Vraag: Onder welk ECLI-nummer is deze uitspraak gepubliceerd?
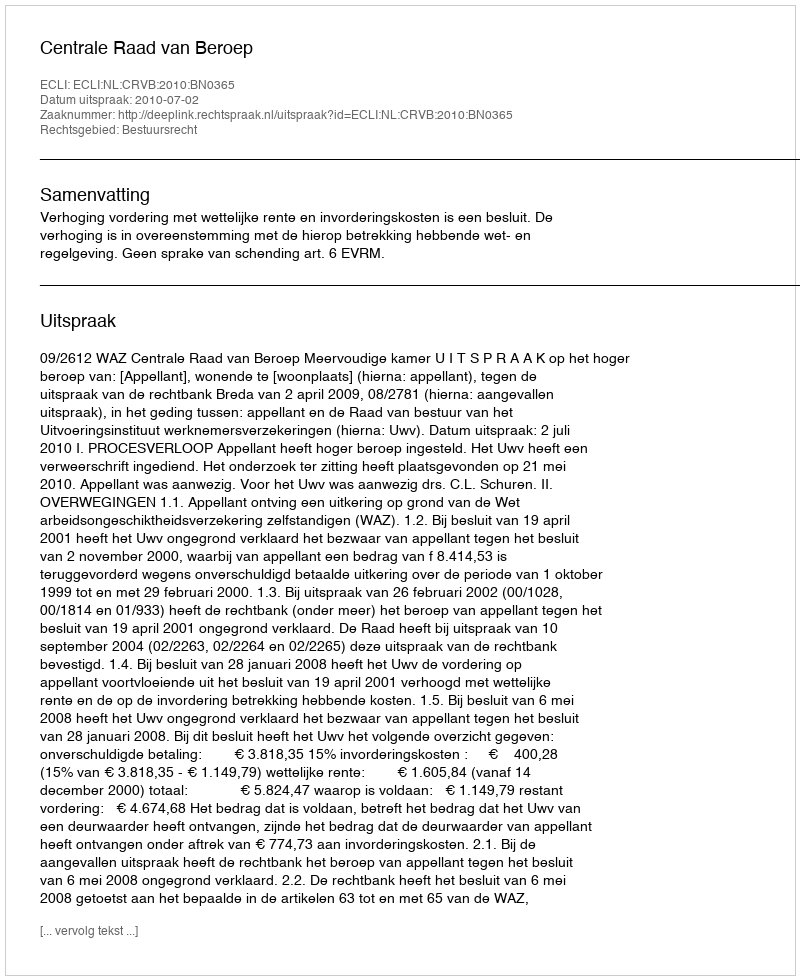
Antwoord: ECLI:NL:CRVB:2010:BN0365